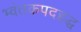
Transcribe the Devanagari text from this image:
भ्वंतकपदहद्ध